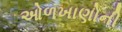
ઓળખાણોની